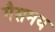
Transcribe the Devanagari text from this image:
गैसमय